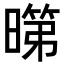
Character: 𭧞